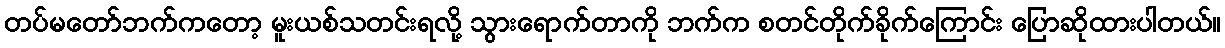
တပ်မတော်ဘက်ကတော့ မူးယစ်သတင်းရလို့ သွားရောက်တာကို ဘက်က စတင်တိုက်ခိုက်ကြောင်း ပြောဆိုထားပါတယ်။